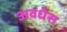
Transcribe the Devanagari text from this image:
अवधेस